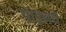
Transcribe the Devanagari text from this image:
पाइनचे